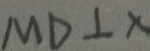
M D \bot x